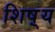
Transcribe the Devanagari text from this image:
शिष़्य